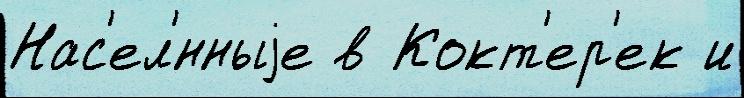
Нас'ел'́нныjе в Кокт'ер'ек и